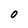
Character: O